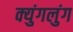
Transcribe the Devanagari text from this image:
क्युंगलुंग